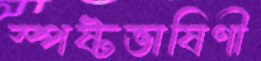
স্পষ্টভাষিণী